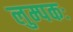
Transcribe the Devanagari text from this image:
लुम्पकः